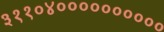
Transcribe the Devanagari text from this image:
३११०४००००००००००